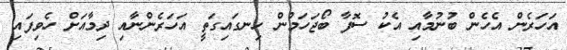
އަހަރެން އެހެން ބުނުމާއި އެކު ސޮފާ ބޯޖަހަމުން ހިނގައިގަތީ އަހަރެންނާއި ދިމާއަށް ހެވިފައި